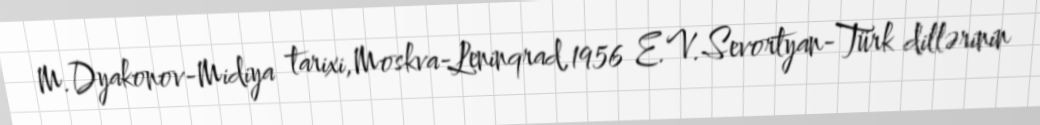
M.Dyakonov-Midiya tarixi,Moskva-Leninqrad,1956 E.V.Sevortyan-Türk dillərinin